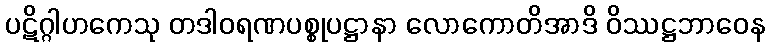
ပဋိဂ္ဂါဟကေသု တဒါဝရဏပစ္စုပဋ္ဌာနာ လောကောတိအာဒိ ဝိဿဋ္ဌဘာဝေန